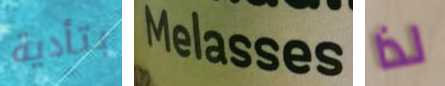
بتأدية Melasses لذا